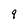
Character: 9